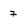
Character: 7